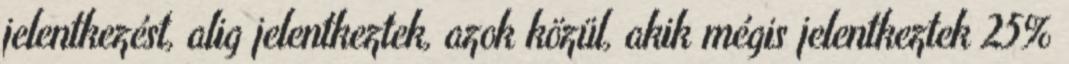
jelentkezést, alig jelentkeztek, azok közül, akik mégis jelentkeztek 25%